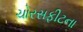
ચોરસફીટના